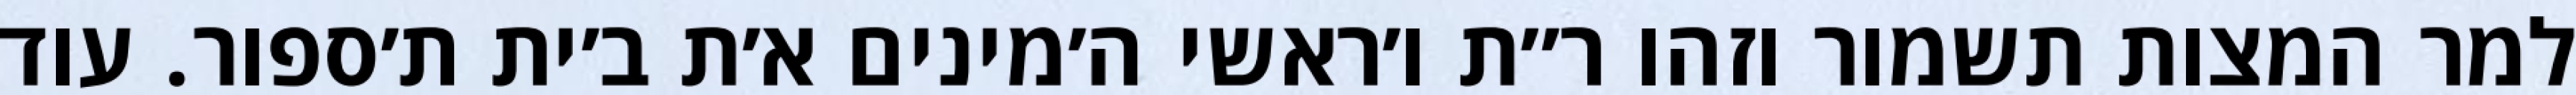
למר המצות תשמור וזהו ר״ת ו׳ראשי ה׳מינים א׳ת ב׳ית ת׳ספור. עוד